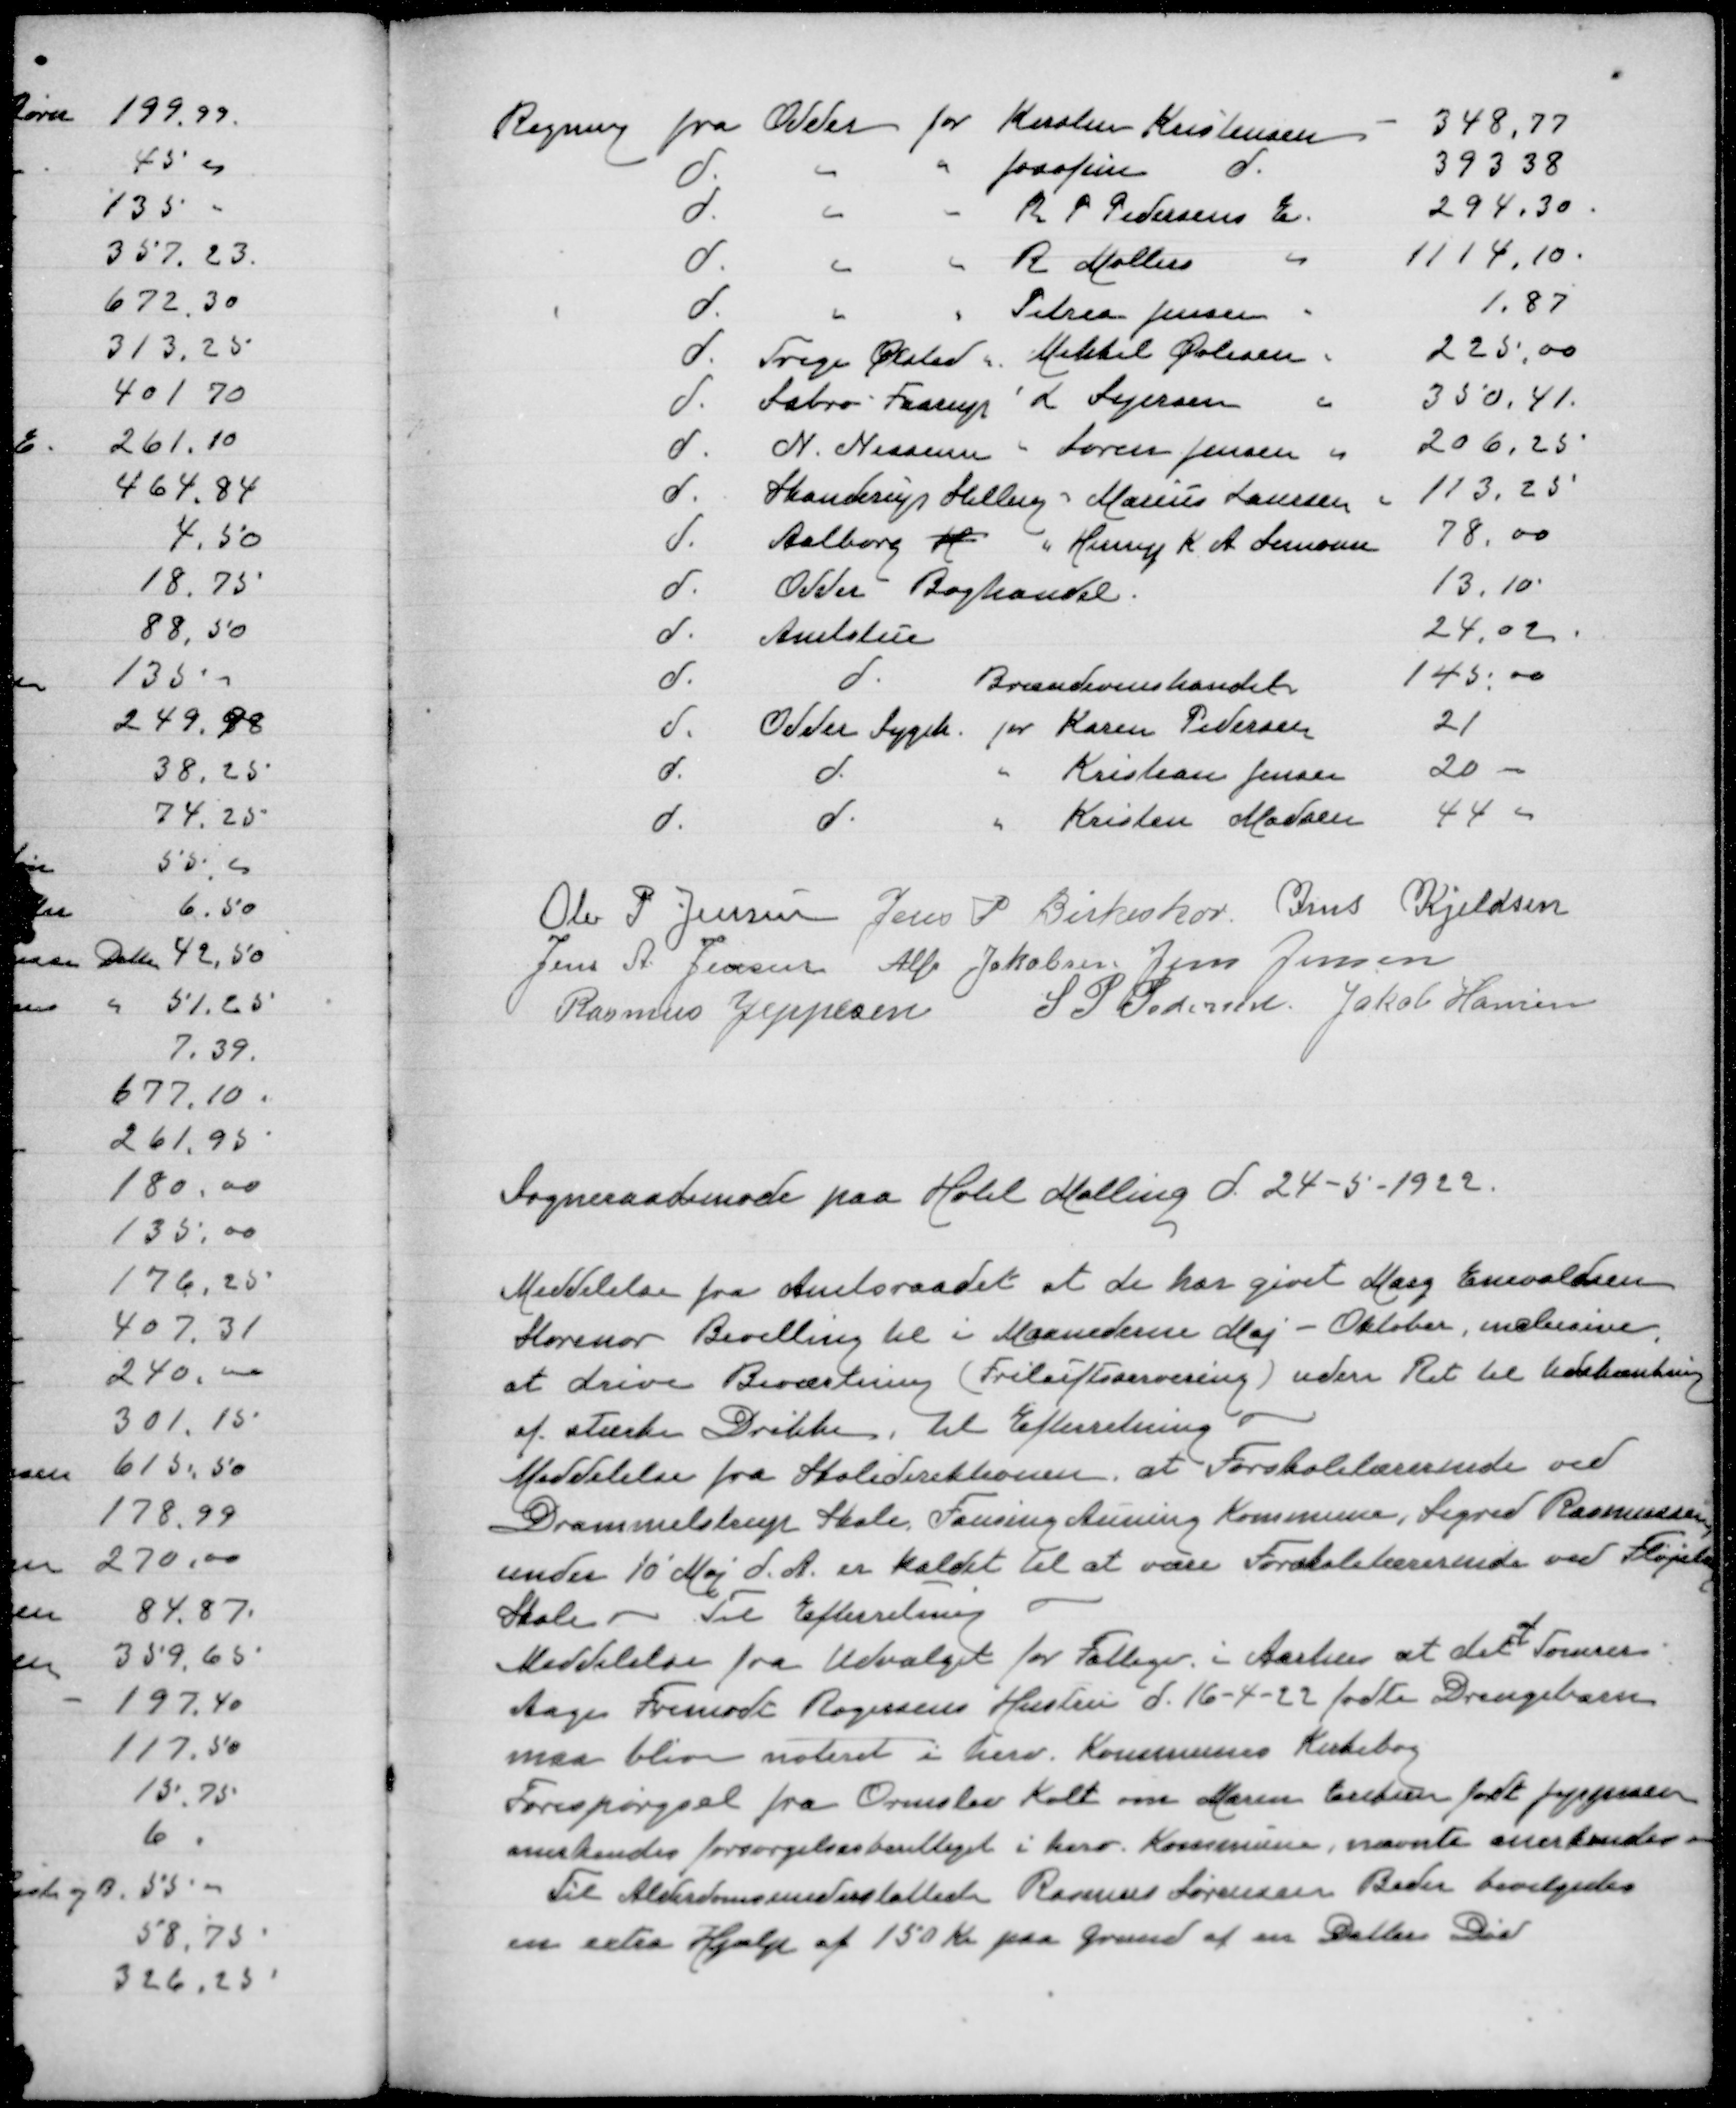
Transskription:
Ole P Jensen
Jens P Birkeskov
Jens Kjeldsen
Jens A Jensen
Alfr Jakobsen
Jens Jensen
Rasmus Jeppesen
S P Pedersen
Jakob Hansen

Sogneraadsmøde paa Hotel Malling d 24-5-1922

Meddelelse fra Amtsraadet at de har givet Mary Enevoldsen
Storenor Bevilling til i Maanederne Maj-Oktober, Inclusive,
at drive Beværtning (Friluftsservering)uden Ret til Udskænkning
af stærke Drikke, til Efterretning
Meddelelse fra Skoledirektionen, at Forskolelærerinde ved
Drammelstrup Skole Fausing Auning Kommune, Sigrid Rasmussen
under 10' Maj d A er kaldet til at være Forskolelærerinde ved Fløjstrup
Skole - Til Efterretning
af
Meddelelse fra Udvalget for Fattigv i Aarhus at det Tømrer
Aage Frimodt Rogersens Hustru d 16-4-22 fødte Drengebarn
maa blive noteret i herv Kommunes Kirkebog
Forespørgsel fra Ormslev Kolt om Maren Eriksen født Jeppesen
anerkendes forsørgelsesberettiget i herv Kommune, nævnte anerkendes
Til Alderdomsunderstøttede Rasmus Sørensen Beder bevilgedes
en extra Hjælp af 150 Kr paa Grund af en Datters Død